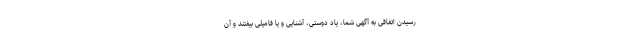
رسیدن اتفاقی به آگهی شما، یاد دوستی، آشنایی و یا فامیلی بیفتند و آن